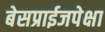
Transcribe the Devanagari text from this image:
बेसप्राईजपेक्षा